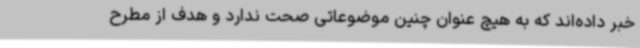
خبر داده‌اند که به هیچ عنوان چنین موضوعاتی صحت ندارد و هدف از مطرح